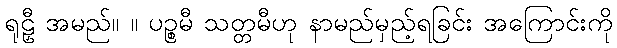
ရုဠှီ အမည်။ ။ ပဉ္စမီ သတ္တမီဟု နာမည်မှည့်ရခြင်း အကြောင်းကို